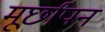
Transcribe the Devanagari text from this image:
मूर्छापन